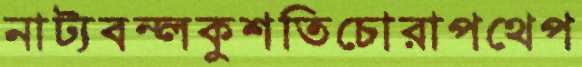
নাট্যবন্লকুশতিচোরাপথেপ